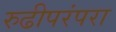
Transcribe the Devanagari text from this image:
रुढीपरंपरा